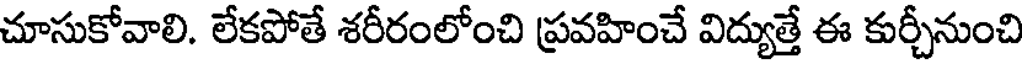
చూసుకోవాలి. లేకపోతే శరీరంలోంచి ప్రవహించే విద్యుత్తే ఈ కుర్చీనుంచి